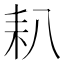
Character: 𦓧